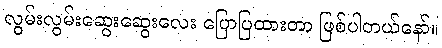
လွမ်းလွမ်းဆွေးဆွေးလေး ပြောပြထားတာ ဖြစ်ပါတယ်နော်။